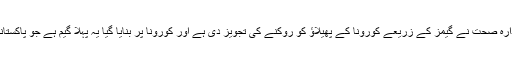
واضح رہے کہ عالمی ادارہ صحت نے گیمز کے زریعے کورونا کے پھیلاؤ کو روکنے کی تجویز دی ہے اور کورونا پر بنایا گیا یہ پہلا گیم ہے جو پاکستانی لڑکوں کی کاوش ہے۔